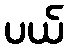
ပယ်